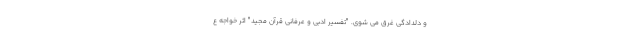
و دلدادگی غرق می شوی. "تفسیر ادبی و عرفانی قرآن مجید" اثر خواجه ع